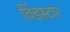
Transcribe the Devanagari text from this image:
विंडस्टार